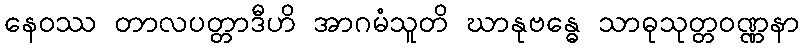
နေဝဿ တာလပတ္တာဒီဟိ အာဂမံသူတိ ဃာနုဗန္ဓေ သာဓုသုတ္တဝဏ္ဏနာ